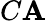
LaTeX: C\mathbf{A}